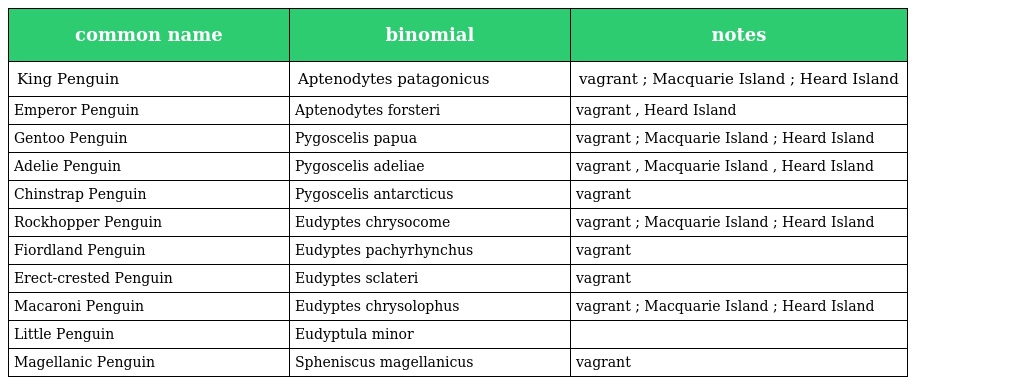
| common name | binomial | notes |
 | --- | --- | --- |
 | King Penguin | Aptenodytes patagonicus | vagrant ; Macquarie Island ; Heard Island |
 | Emperor Penguin | Aptenodytes forsteri | vagrant , Heard Island |
 | Gentoo Penguin | Pygoscelis papua | vagrant ; Macquarie Island ; Heard Island |
 | Adelie Penguin | Pygoscelis adeliae | vagrant , Macquarie Island , Heard Island |
 | Chinstrap Penguin | Pygoscelis antarcticus | vagrant |
 | Rockhopper Penguin | Eudyptes chrysocome | vagrant ; Macquarie Island ; Heard Island |
 | Fiordland Penguin | Eudyptes pachyrhynchus | vagrant |
 | Erect-crested Penguin | Eudyptes sclateri | vagrant |
 | Macaroni Penguin | Eudyptes chrysolophus | vagrant ; Macquarie Island ; Heard Island |
 | Little Penguin | Eudyptula minor |  |
 | Magellanic Penguin | Spheniscus magellanicus | vagrant |